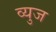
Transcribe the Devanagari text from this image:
व्युज